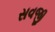
સવજી